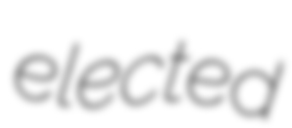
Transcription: elected